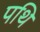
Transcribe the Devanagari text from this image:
पथि